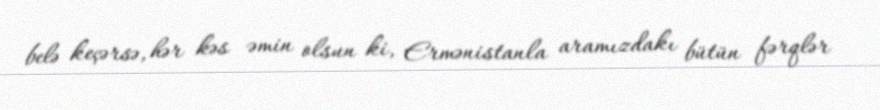
belə keçərsə, hər kəs əmin olsun ki, Ermənistanla aramızdakı bütün fərqlər